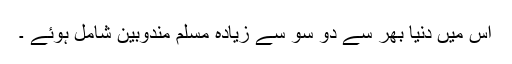
اس میں دنیا بھر سے دو سو سے زیادہ مسلم مندوبین شامل ہوئے ۔